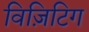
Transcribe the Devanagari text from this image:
विज़िटिग